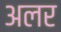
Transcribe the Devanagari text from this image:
अलर